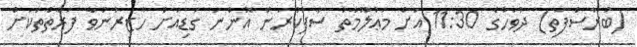
(ބުރާސްފަތި) ދުވަހުގެ 11:30 އަށް މަޢުލޫމާތު ސާފުކުރަން އޮންނަ ގަޑިއަށް ހާޒިރުނުވާ ފަރާތްތަކަށް